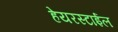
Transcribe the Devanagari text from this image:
हेयरस्टाईल